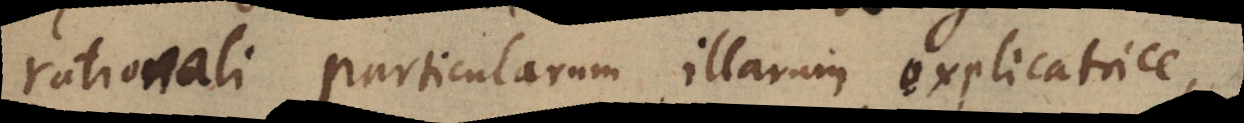
rationali particularum illarum explicatrice,